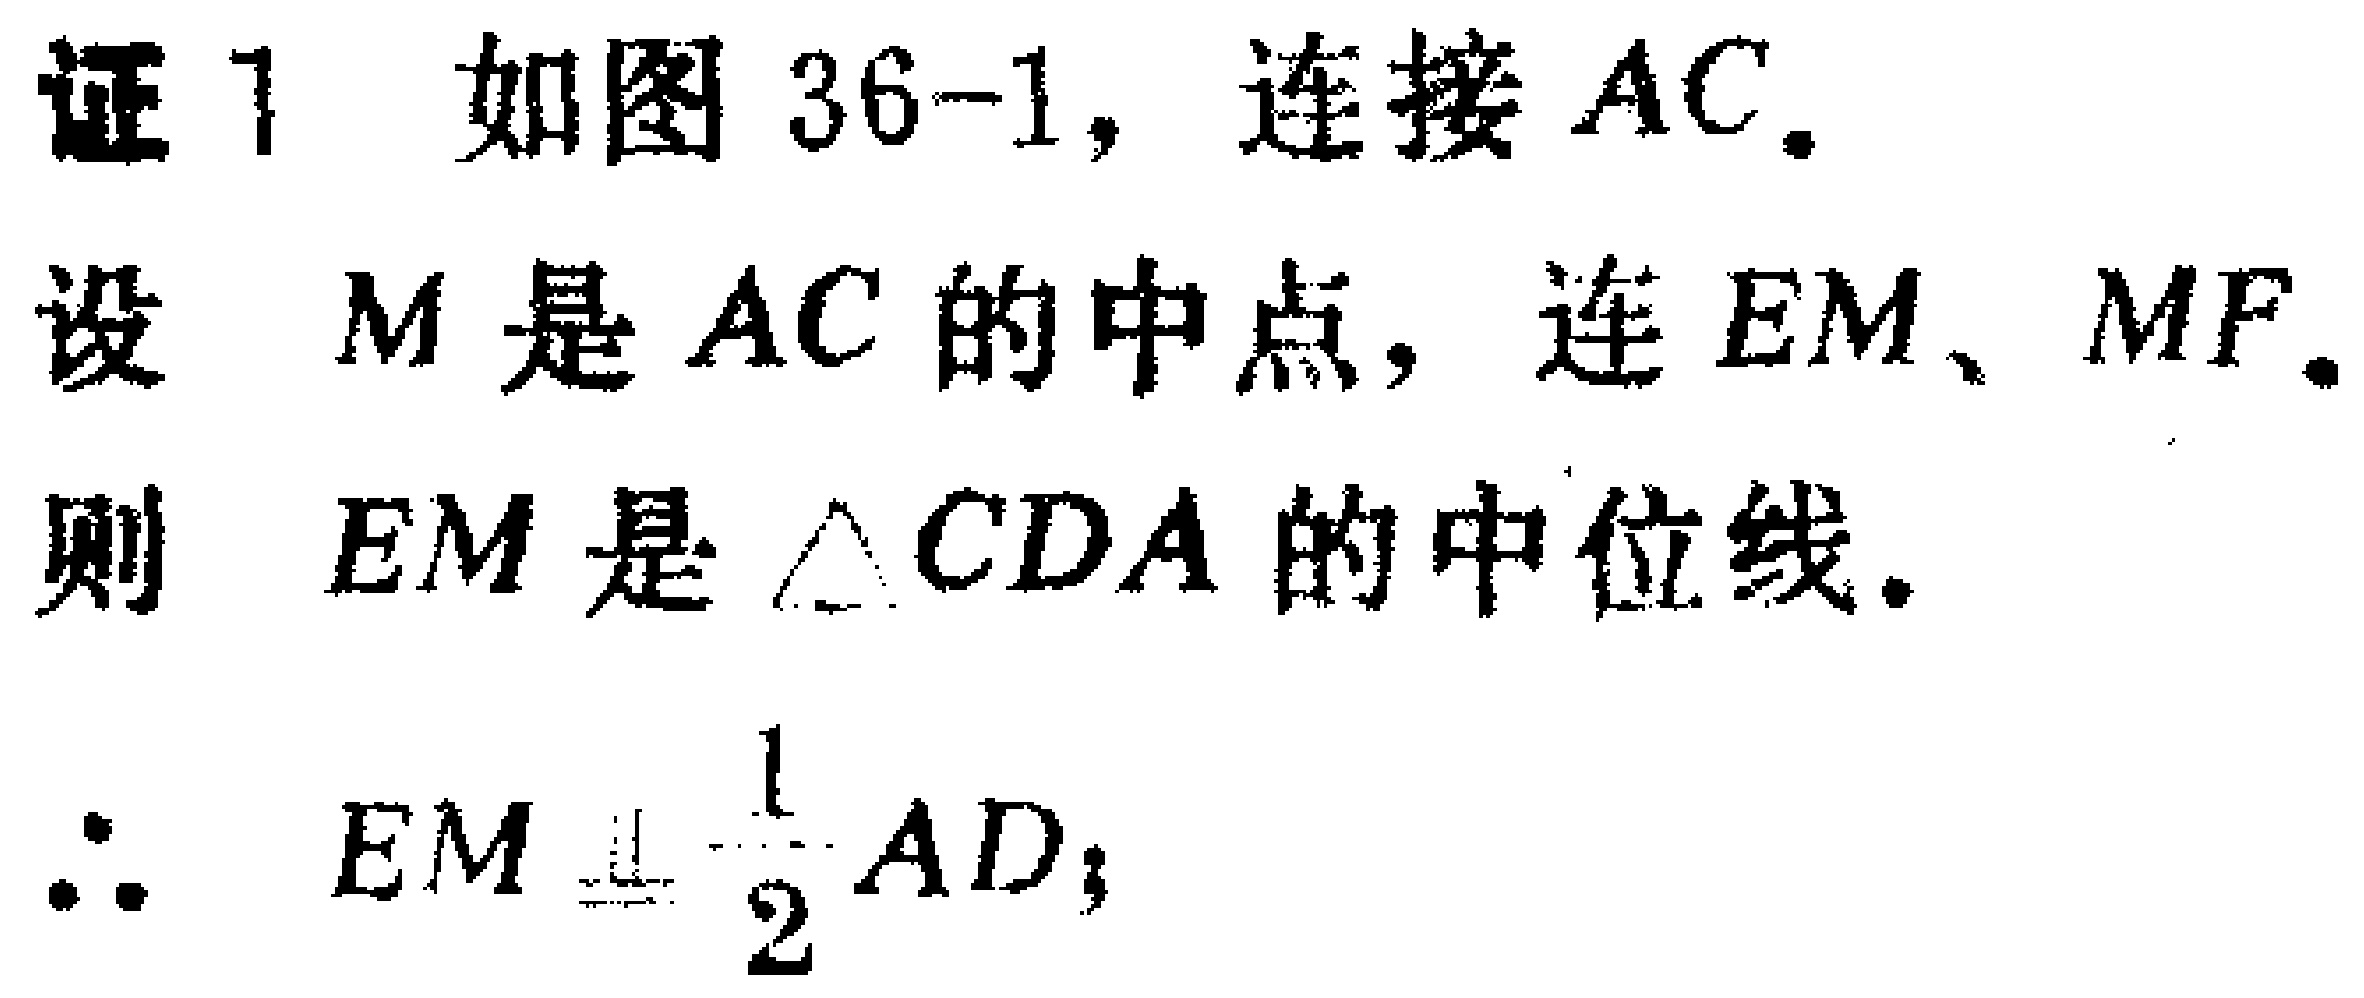
证1 如图36-1，连接 \(AC\)。
设 \(M\)是 \(AC\)的中点，连 \(EM\)、\(MF\)。
则 \(EM\)是 \(\triangle CDA\)的中位线。
\(\therefore EM\equalparallel\frac{1}{2}AD\)；